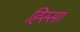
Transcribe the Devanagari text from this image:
ह्स्सिा